38_143685_box_Incident_Summaries_173-233
Agency: Department of War
Page 18
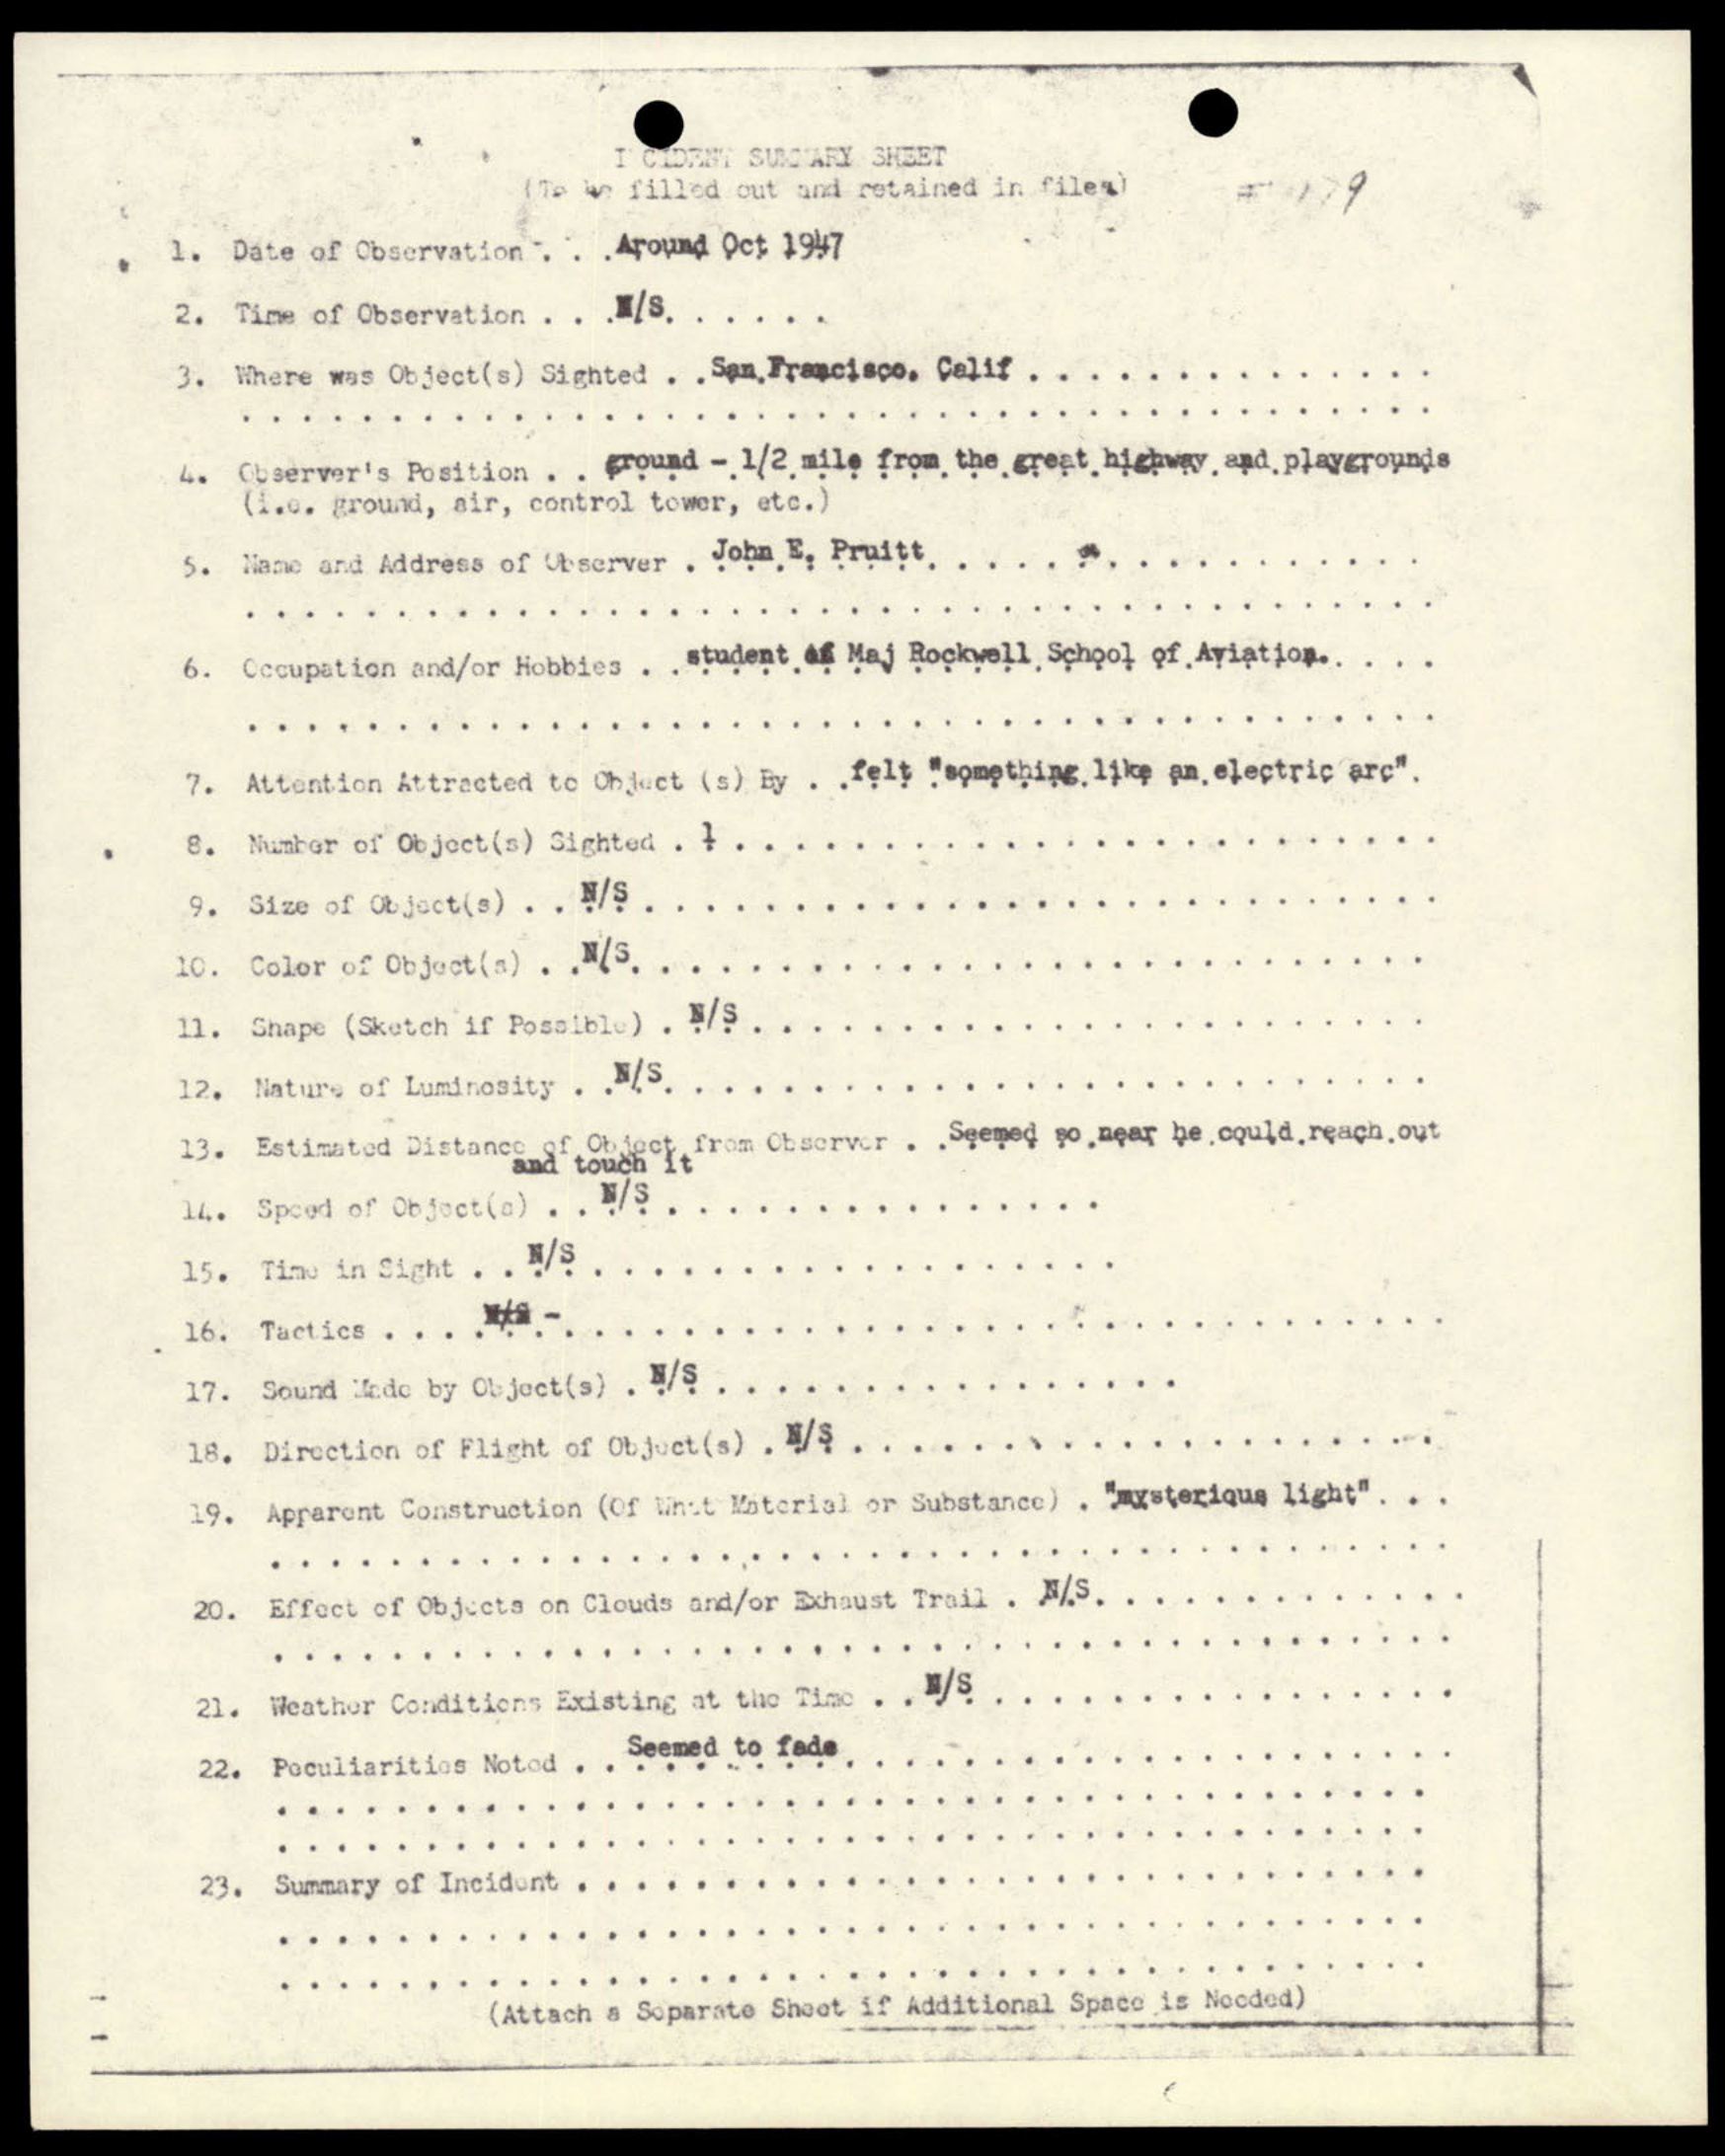